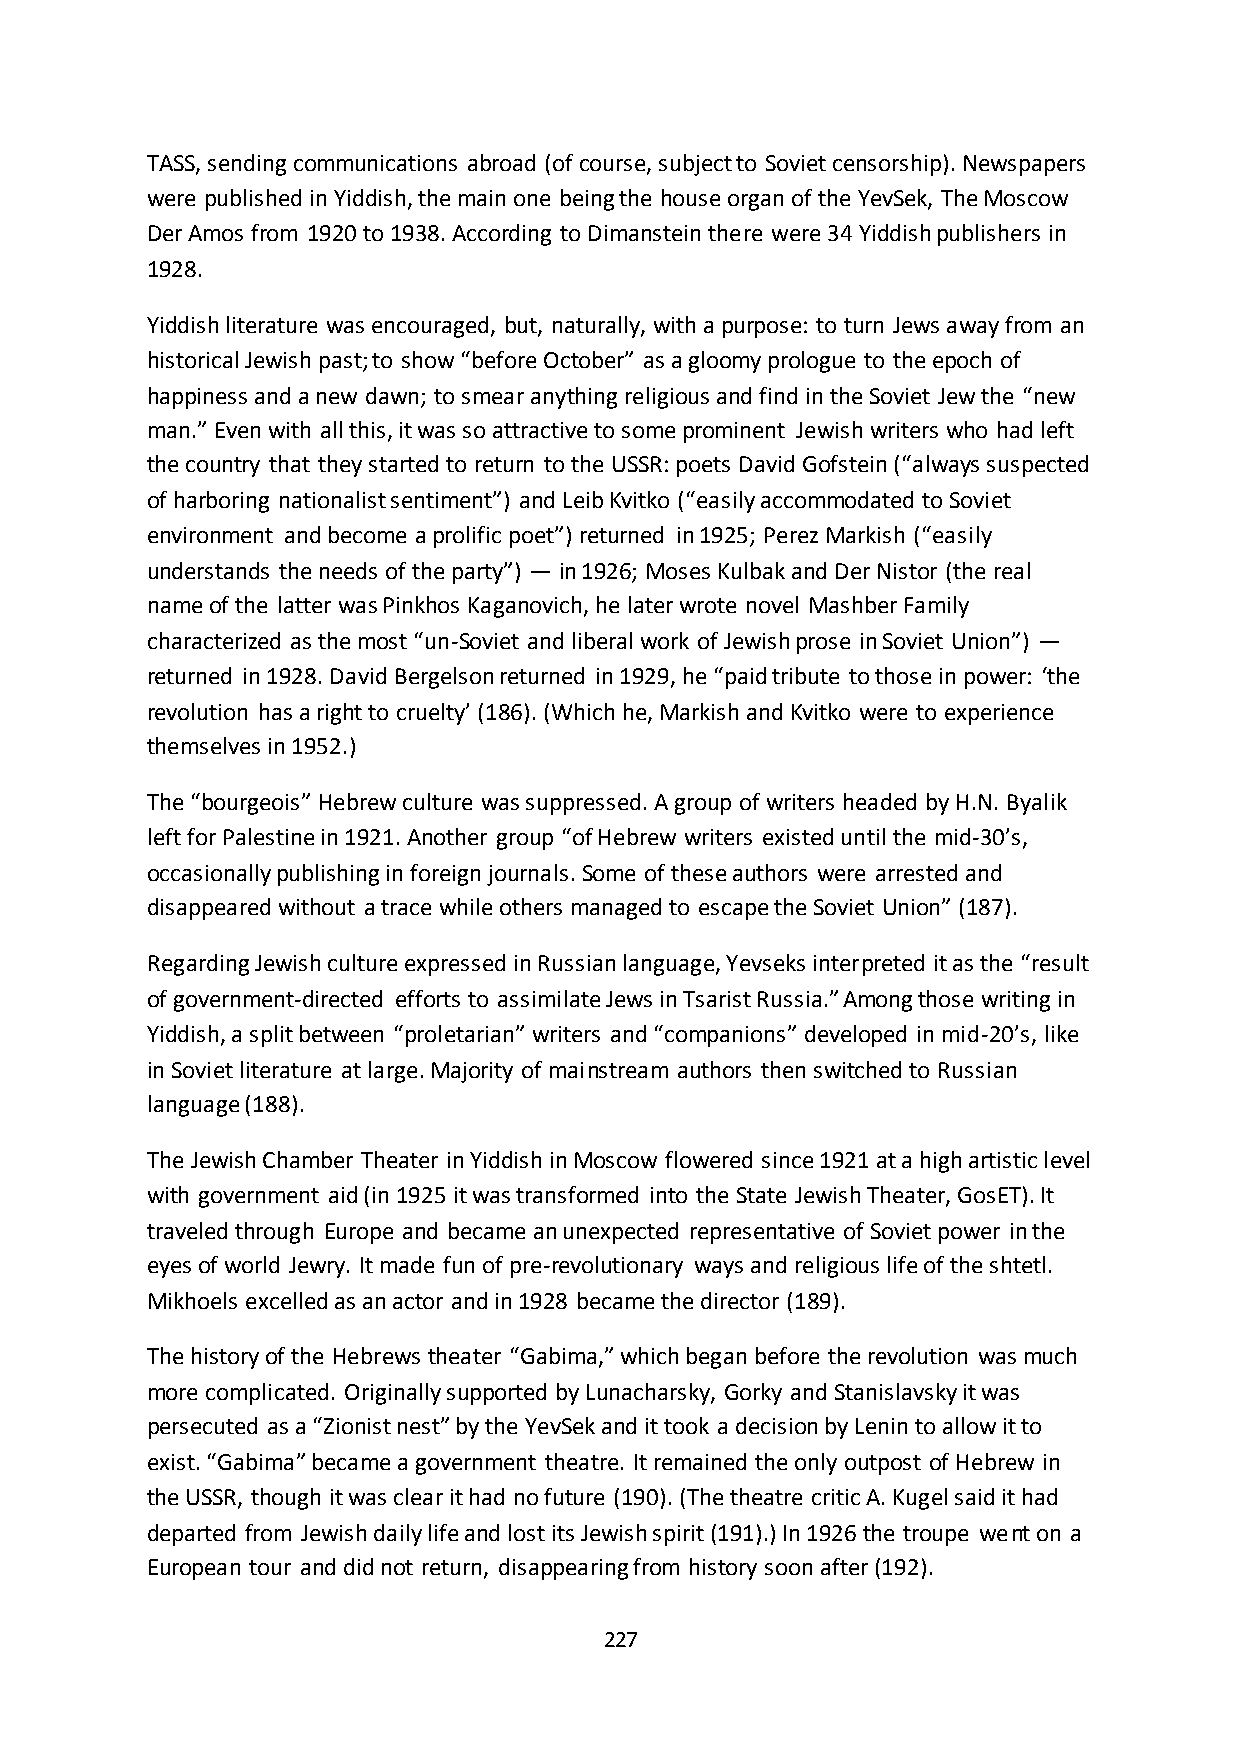
TASS, sending communications abroad (of course, subject to Soviet censorship). Newspapers
 were published in Yiddish, the main one being the house organ of the YevSek, The Moscow
 Der Amos from 1920 to 1938. According to Dimanstein there were 34 Yiddish publishers in
 1928.
 Yiddish literature was encouraged, but, naturally, with a purpose: to turn Jews away from an
 historical Jewish past; to show “before October” as a gloomy prologue to the epoch of
 happiness and a new dawn; to smear anything religious and find in the Soviet Jew the “new
 man.” Even with all this, it was so attractive to some prominent Jewish writers who had left
 the country that they started to return to the USSR: poets David Gofstein (“always suspected
 of harboring nationalist sentiment”) and Leib Kvitko (“easily accommodated to Soviet
 environment and become a prolific poet”) returned in 1925; Perez Markish (“easily
 understands the needs of the party”) — in 1926; Moses Kulbak and Der Nistor (the real
 name of the latter was Pinkhos Kaganovich, he later wrote novel Mashber Family
 characterized as the most “un-Soviet and liberal work of Jewish prose in Soviet Union”) —
 returned in 1928. David Bergelson returned in 1929, he “paid tribute to those in power: ‘the
 revolution has a right to cruelty’ (186). (Which he, Markish and Kvitko were to experience
 themselves in 1952.)
 The “bourgeois” Hebrew culture was suppressed. A group of writers headed by H.N. Byalik
 left for Palestine in 1921. Another group “of Hebrew writers existed until the mid-30’s,
 occasionally publishing in foreign journals. Some of these authors were arrested and
 disappeared without a trace while others managed to escape the Soviet Union” (187).
 Regarding Jewish culture expressed in Russian language, Yevseks interpreted it as the “result
 of government-directed efforts to assimilate Jews in Tsarist Russia.” Among those writing in
 Yiddish, a split between “proletarian” writers and “companions” developed in mid-20’s, like
 in Soviet literature at large. Majority of mainstream authors then switched to Russian
 language (188).
 The Jewish Chamber Theater in Yiddish in Moscow flowered since 1921 at a high artistic level
 with government aid (in 1925 it was transformed into the State Jewish Theater, GosET). It
 traveled through Europe and became an unexpected representative of Soviet power in the
 eyes of world Jewry. It made fun of pre-revolutionary ways and religious life of the shtetl.
 Mikhoels excelled as an actor and in 1928 became the director (189).
 The history of the Hebrews theater “Gabima,” which began before the revolution was much
 more complicated. Originally supported by Lunacharsky, Gorky and Stanislavsky it was
 persecuted as a “Zionist nest” by the YevSek and it took a decision by Lenin to allow it to
 exist. “Gabima” became a government theatre. It remained the only outpost of Hebrew in
 the USSR, though it was clear it had no future (190). (The theatre critic A. Kugel said it had
 departed from Jewish daily life and lost its Jewish spirit (191).) In 1926 the troupe went on a
 European tour and did not return, disappearing from history soon after (192).
 227